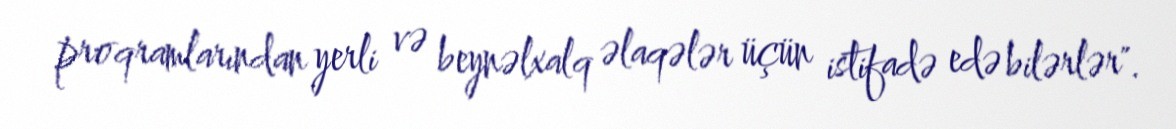
proqramlarından yerli və beynəlxalq əlaqələr üçün istifadə edə bilərlər".